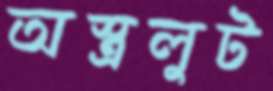
অস্ত্রলুট